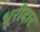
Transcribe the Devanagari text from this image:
धूरीदार